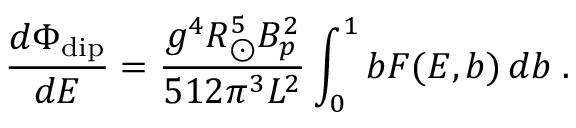
{ \frac { d \Phi _ { \mathrm { d i p } } } { d E } } = { \frac { g ^ { 4 } R _ { \odot } ^ { 5 } B _ { p } ^ { 2 } } { 5 1 2 \pi ^ { 3 } L ^ { 2 } } } \int _ { 0 } ^ { 1 } b F ( E , b ) \, d b \; .